Medical and sanitary report of the native army of Bengal for the year
Year: 1876
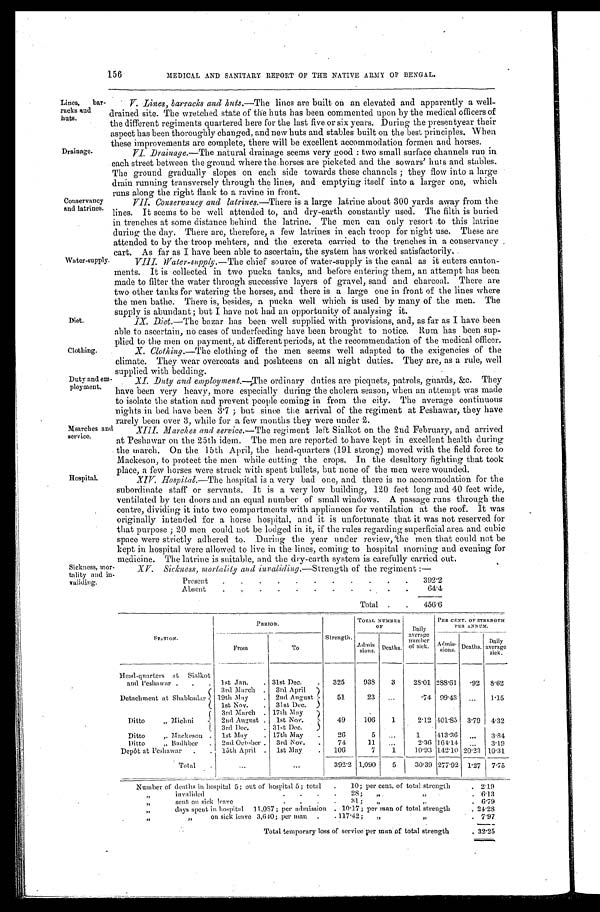
Drainage.
Conservancy
and latrines.
Water-supply
Diet.
Clothing.
Duty and e
m-ploy ment.
Marches and
service.
Hospital.
Sickness, m
o r - t a l i t y a n d
i n - v a l i d i n g .
156
MEDICAL AND SANITARY REPORT OF THE NATIVE ARMY OF BENGAL.
Lines, bar
-racks and
huts.
V. Lines, barracks and huts.—The lines are built on an elevated and apparently a well-
drained site. The wretched state of the huts has been commented upon by the medical officers of
the different regiments quartered here for the last five or six years. During the presentyear their
aspect has been thoroughly changed, and new huts and stables built on the best principles. When
these improvements are complete, there will be excellent accommodation formen and horses.
VI. Drainage.—The natural drainage seems very good: two small surface channels run in
each street between the ground where the horses are picketed and the sowars huts and stables.
The ground gradually slopes on each side towards these channels; they flow into a large
drain running transversely through the lines, and emptying itself into a larger one, which
runs along the right flank to a ravine in front.
VII.
Conservancy and latrines.—There is a large latrine about 300 yards away from the
lines. It seems to be well attended to, and dry-earth constantly used. The filth is buried
in trenches at some distance behind the latrine. The men can only resort to this latrine
during the day. There are, therefore, a few latrines in each troop for night use. These are
attended to by the troop mehters, and the excreta carried to the trenches in a conservancy
cart. As far as I have been able to ascertain, the system has worked satisfactorily
.
VIII.
Water-supply. —The chief source of water-supply is the canal as it enters canton
-ments. It is collected in two pucka tanks, and before entering them, an attempt has been
made to filter the water through successive layers of gravel, sand and charcoal. There are
two other tanks for watering the horses, and there is a large one in front of the lines where
the men bathe. There is, besides, a pucka well which is used by many of the men. The
supply is abundant; but I have not had an opportunity of analysing it.
IX. .Diet. —The bazar has been well supplied with provisions, and, as far as I have been
able to ascertain, no cases of underfeeding have been brought to notice. Rum has been sup
-plied to the men on payment, at different periods, at the recommendation of the medical officer.
X.
Clothing.—The clothing of the men seems well adapted to the exigencies of the
climate. They wear overcoats and poshteens on all night duties. They are, as a rule, well
supplied with bedding.
XI. Duty and employment.— The ordinary duties are picquets, patrols, guards, &c. They
have been very heavy, more especially during the cholera season, when an attempt was made
to isolate the station and prevent people coming in from the city. The average continuous
nights in bed have been 3.7; but since the arrival of the regiment at Peshawar, they have
rarely been over 3, while for a few months they were under 2.
XIII. Marches and service. —The regiment left Sialkot on the 2nd February, and arrived
at Peshawar on the 25th idem. The men are reported to have kept in excellent health during
the march. On the 15th April, the head-quarters (191 strong) moved with the field force to
Mackeson, to protect the men while cutting the crops. In the desultory fighting that took
place, a few horses were struck with spent bullets, but none of the men were wounded.
XIV. Hospital.—The hospital is a very bad one, and there is no accommodation for the
subordinate staff or servants. It is a very low building, 120 feet long and 40 feet wide,
ventilated by ten doors and an equal number of small windows. A passage runs through the
centre, dividing it into two compartments with appliances for ventilation at the roof. It was
originally intended for a horse hospital, and it is unfortunate that it was not reserved for
that purpose; 20 men could not be lodged in it, if the rules regarding superficial area and cubic
space were strictly adhered to. During the year under review, the men that could not be
kept in hospital were allowed to live in the lines, coming to hospital morning and evening for
medicine. The latrine is suitable, and the dry-earth system is carefully carried out.
XV. Sickness, mortality and invaliding.—Strength of the regiment:—
Present
392.2
Absent
6 4 . 4
Total
456.6
STATION.
P E R I O D .
Strength.
TOTAL NUMBER
OF
Daily
average
number
of s i c k .
PER CENT. OF STRENGTH
PER ANNUM.
F r o m
To
A d m i s
s i o n s . Deaths.
A d m i s
s i o n s . Deaths. Daily
a v e r a g e
sick.
Head-quarters at Sialkot
and Peshawar
1st.Jan. 31st Dec.
325 938 3 28.01 288.61 . 92 8.62
Detachment at Shabkadar
3rd March
3rd April
51
19th May
2nd August
23
.74 99.43
1.15
1st Nov.
31st Dec.
Ditto „ Michni
3rd March 17th May
49
2nd August 1st Nov.
106 1
2.12 401.85 3.79 4.32
3rd Dec.
31st Dec.
Ditto ,. Mackeson
1st. May
17th May
26
5
1 413.36
3.84
Ditto " Badhber 2nd October 3rd Nov.
74
11
2.36 164.14
3.19
Depot at Peshawar
15th April
1st May 106
7 1 10.93 142.10 20.23 10.31
Total
392.2 1,090 5 30.39 277.92 1 . 2 7
7.75
Number of deaths in hospital 5; out of hospital 5; total 10; per cent. of total strength
2 . 1 9
„ "invalided 28; " "
6 . 1 3
sent on sick leave 31; " "
6 . 7 9
" d a y s s p e n t i n h o s p i t a l 1 1 , 0 8 7 ; p e r a d m i s s i o n 1 0 . 1 7 ; p e r m a n o f t o t a l s t r e n g t h
24.28
o on sick leave 3, 640; per man 117. 42; " "
7 . 9 7
Total temporary loss of service per man of total strength
3 2 . 2 5